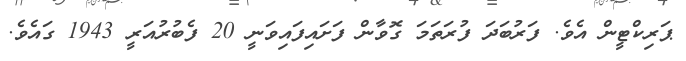
ޕަރިކްޓީން އެވެ. ފަރުބަދަ ފުރަތަމަ ގޮވާން ފަށައިފައިވަނީ 20 ފެބުރުއަރީ 1943 ގައެވެ.